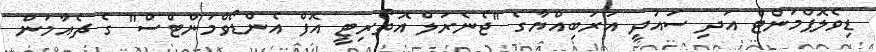
ޑިވެލޮޕްމަންޓް އަދި ސައުދީ އަރަބިއްޔާގެ "ޖެނެރަލް އޮތޯރިޓީ އޮފް އެންޑޯވްމަންޓްސް" ގެ ޗެއާމަން